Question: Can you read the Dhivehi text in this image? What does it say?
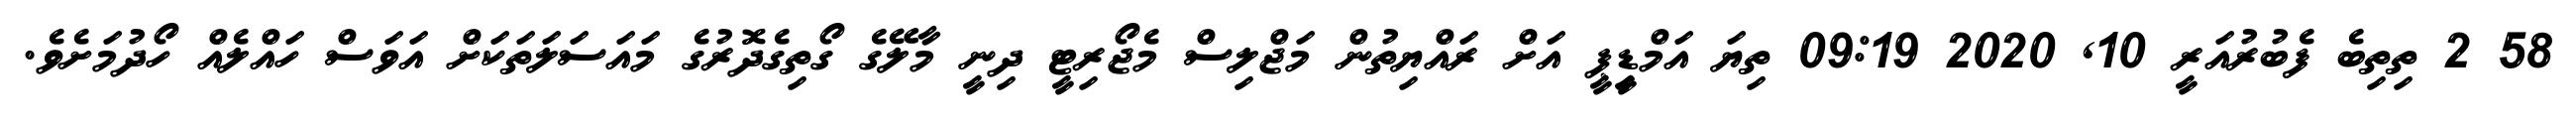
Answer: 58 2 ތިތިބެ ފެބުރުއަރީ 10, 2020 09:19 ތިޔަ އަމްޑިީޕީ އަށް ރައްޔިތުން މަޖްލިސް މެޖޯރިޓީ ދިނީ މާލޭގެ ގޯތިގެދޮރުގެ މައަސަލަތަކަށް އަވަސް ހައްލެއް ހޯދުމަށެވެ.